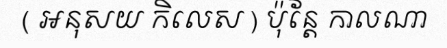
( អនុសយ កិលេស ) ប៉ុន្តែ កាលណា